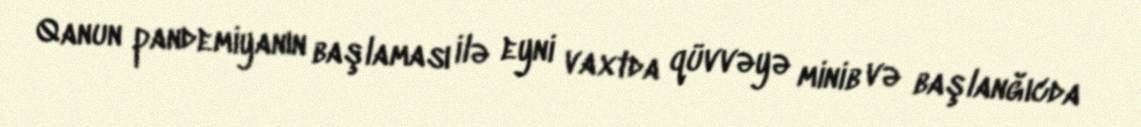
Qanun pandemiyanın başlaması ilə eyni vaxtda qüvvəyə minib və başlanğıcda